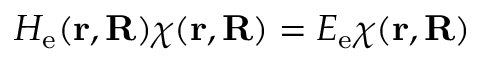
H _ { \mathrm { e } } ( \mathbf { r } , \mathbf { R } ) \chi ( \mathbf { r } , \mathbf { R } ) = E _ { \mathrm { e } } \chi ( \mathbf { r } , \mathbf { R } )